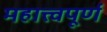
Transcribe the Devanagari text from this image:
महात्त्वपूर्ण